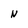
Character: N